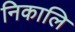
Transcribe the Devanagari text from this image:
निकालि